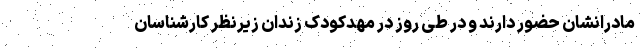
مادرانشان حضور دارند و در طی روز در مهدکودک زندان زیرنظر کارشناسان